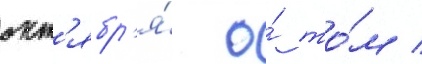
окт'ябр'я́ о́ то́м /